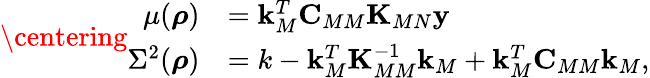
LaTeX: \centering\begin{array}{rl}{\mu(\boldsymbol{\mathbf{\rho}})}&{=\boldsymbol{\mathbf{k}}_{M}^{T}\boldsymbol{\mathbf{C}}_{MM}\boldsymbol{\mathbf{K}}_{MN}\boldsymbol{\mathbf{y}}}\\ {\Sigma^{2}(\boldsymbol{\mathbf{\rho}})}&{=k-\boldsymbol{\mathbf{k}}_{M}^{T}\boldsymbol{\mathbf{K}}_{MM}^{-1}\boldsymbol{\mathbf{k}}_{M}+\boldsymbol{\mathbf{k}}_{M}^{T}\boldsymbol{\mathbf{C}}_{MM}\boldsymbol{\mathbf{k}}_{M},}\end{array}